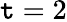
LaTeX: \mathtt{t}=2